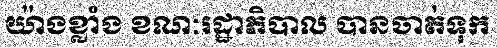
យ៉ាងខ្លាំង ខណៈរដ្ឋាភិបាល បានចាត់ទុក